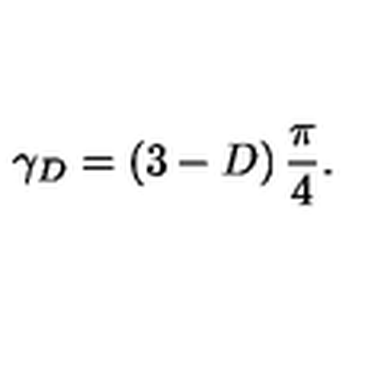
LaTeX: \gamma _ { { D } } = \left( 3 - D \right) \frac { \pi } { 4 } .